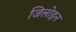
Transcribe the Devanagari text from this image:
जिलोइन